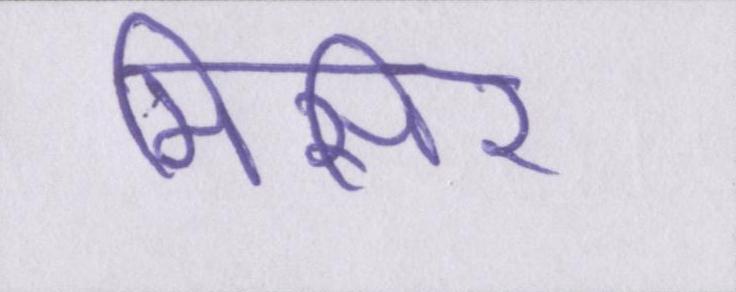
मिसिर